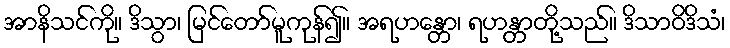
အာနိသင်ကို။ ဒိသွာ၊ မြင်တော်မူကုန်၍။ အရဟန္တော၊ ရဟန္တာတို့သည်။ ဒိသာဝိဒိသံ၊